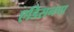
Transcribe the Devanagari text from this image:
एडिसनचा